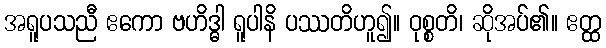
အရူပသညီ ဧကော ဗဟိဒ္ဓါ ရူပါနိ ပဿတိဟူ၍။ ဝုစ္စတိ၊ ဆိုအပ်၏။ ဧတ္ထ